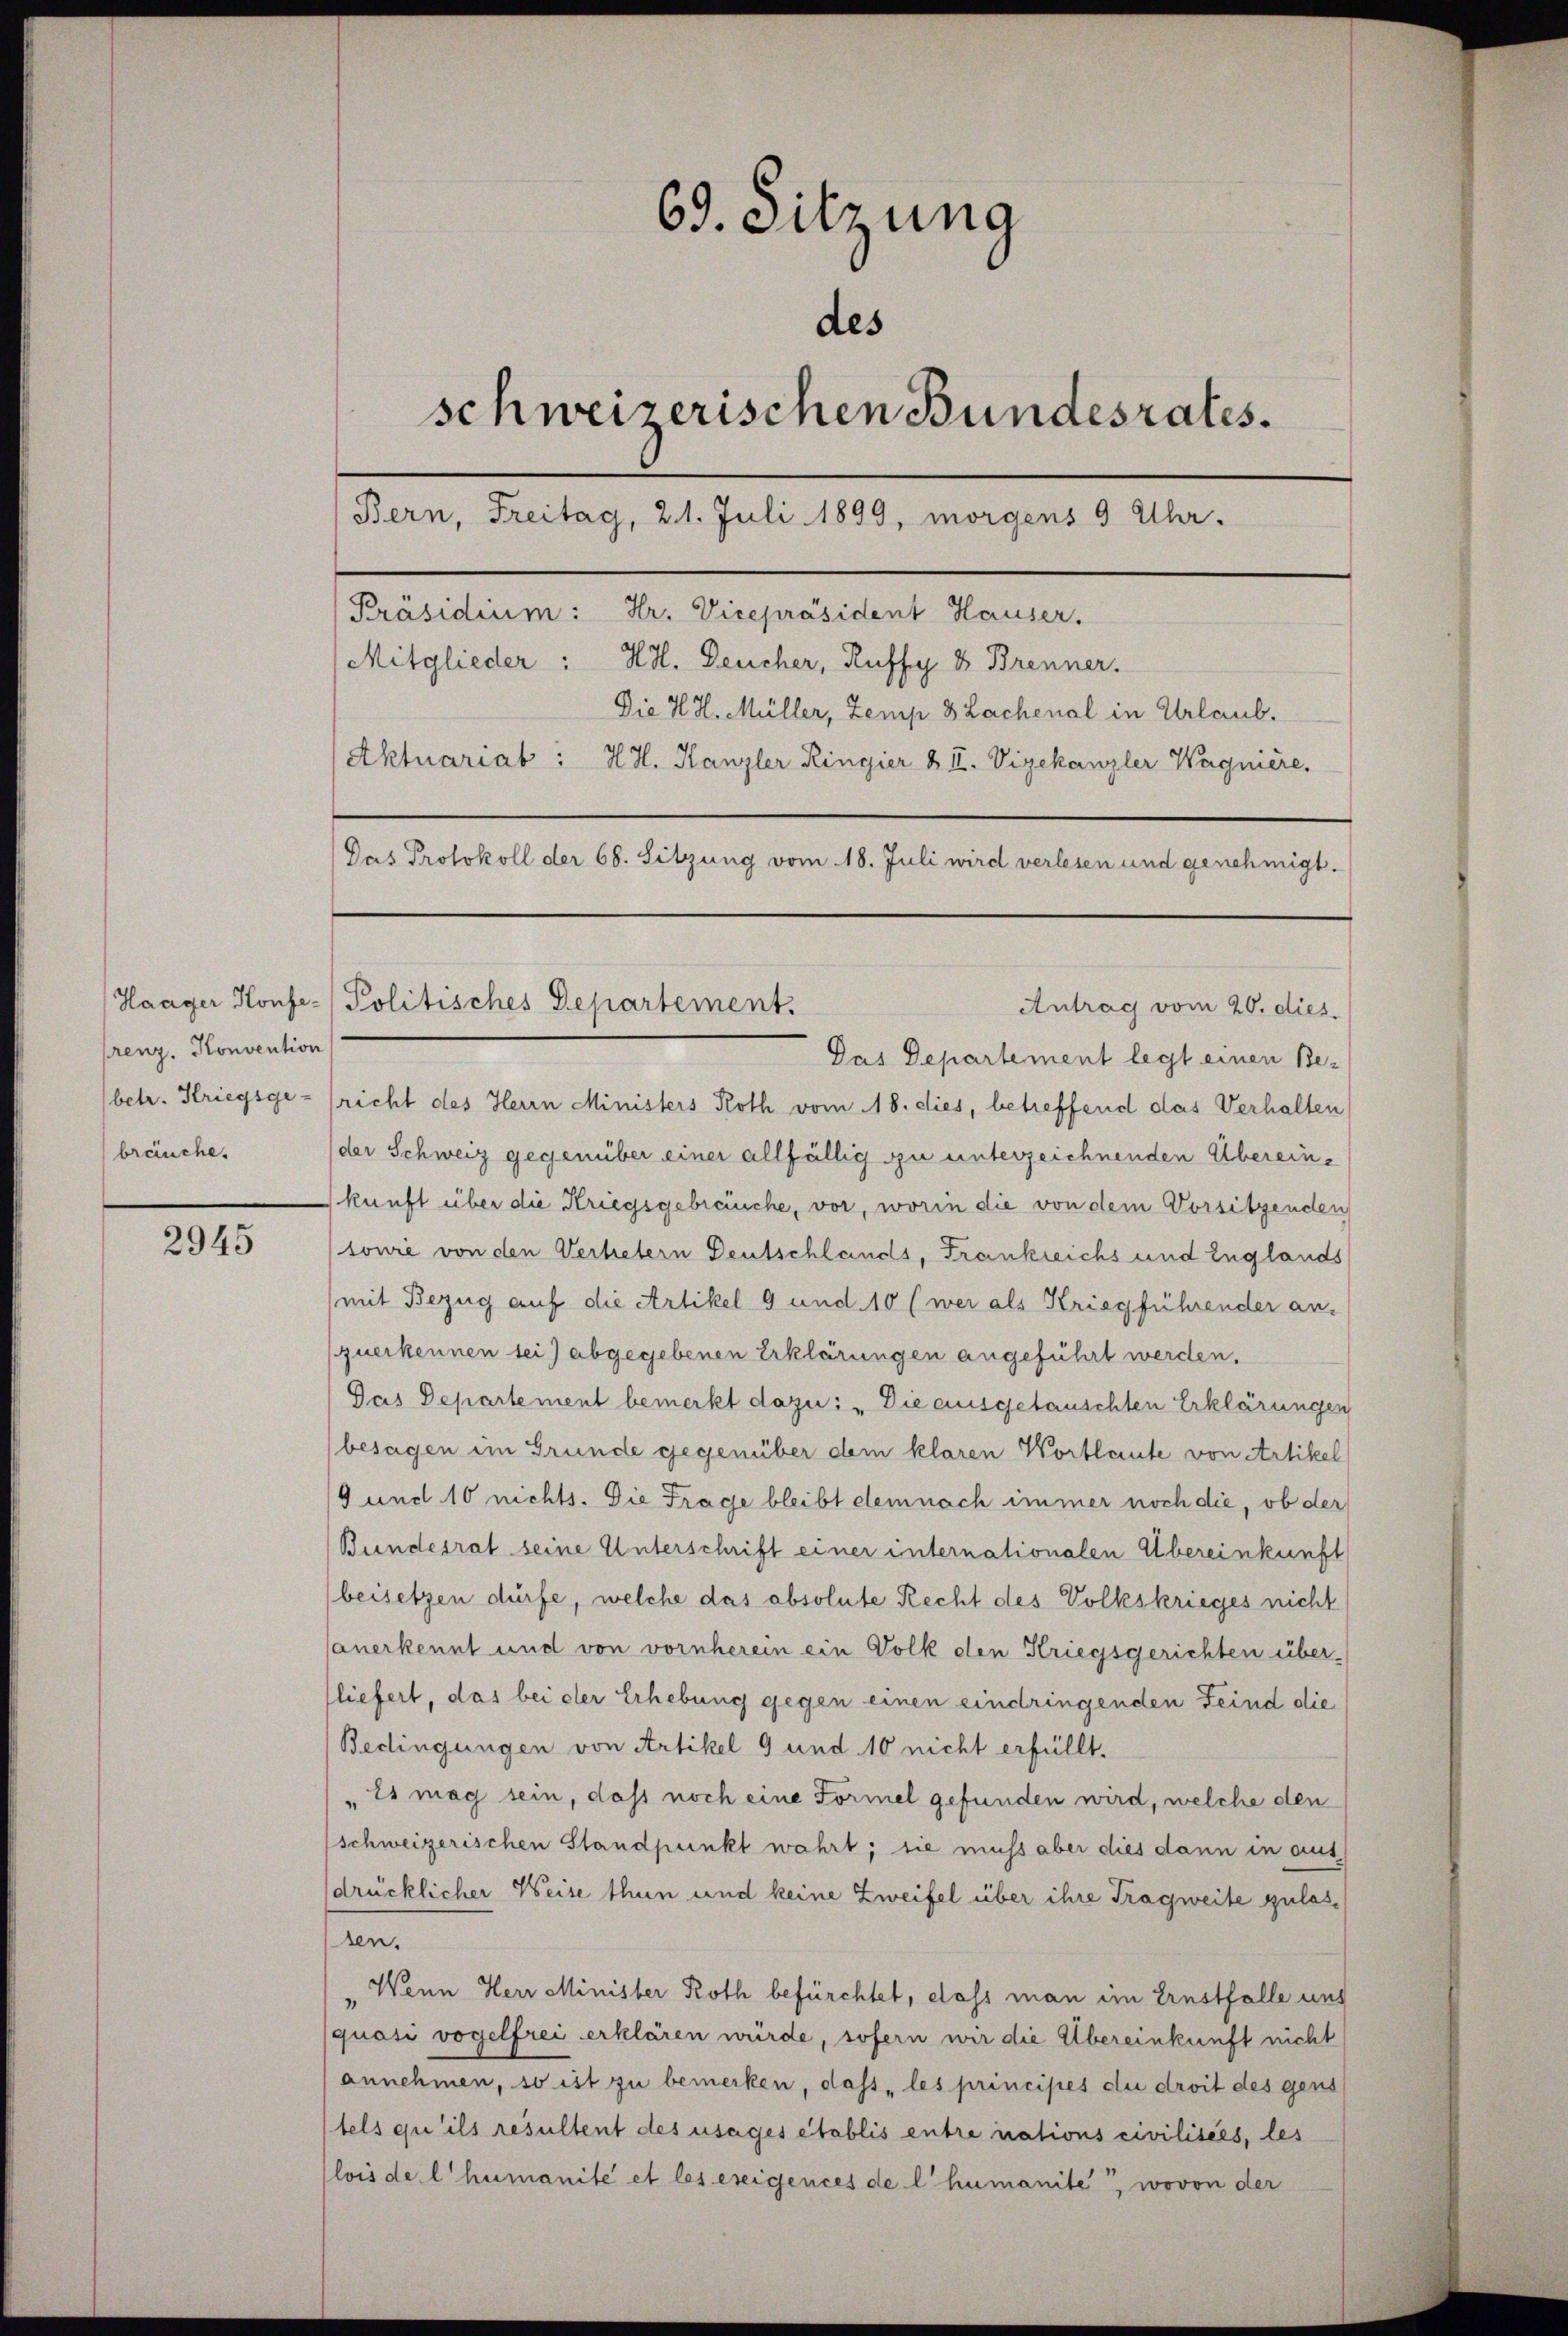
renz. Konvention
bräuche.

2945

69. Sitzung
des
schweizerischen Bundesrates.
Bern, Freitag, 21. Juli 1899, morgens 9 Uhr.
[Präsidium: Hr. Vicepräsident Hauser.
Mitglieder: HH. Deucher, Ruffy 8 Brenner.
Die H. H. Müller, Zemp 8 Lachenal in Urlaub.
Aktuariat : H. H. Kanzler Ringier & II. Vizekanzler Wagnière.
Das Protokoll der 68. Sitzung vom 18. Juli wird verlesen und genehmigt.

Antrag vom 20. dies
betr. Kriegsgericht des Herrn Ministers Roth vom 18. dies, betreffend das Verhalten
der Schweiz gegenüber einer allfällig zu unterzeichnenden Übereinkunft über die Kriegsgebräuche, vor, worin die von dem Vorsitzenden
(sowie von den Verhetern Deutschlands, Frankreichs und Englands
mit Bezug auf die Artikel 9 und 10 (wer als Kriegführender an¬
(querkennen sei) abgegebenen Erklärungen angeführt werden.
Das Departement bemerkt dazu: „Die ausgetauschten Erklärungen
besagen im Grunde gegenüber dem klaren Wortlaute von Artikel
9 und 10 nichts. Die Frage bleibt demnach immer noch die, ob der
Bundesrat seine Unterschrift einer internationalen Übereinkunft
beisetzen dürfe, welche das absolute Recht des Volkskrieges nicht
anerkennt und von vornherein ein Volk den Kriegsgerichten über-
liefert, das bei der Erhebung gegen einen eindringenden Feind die
Bedingungen von Artikel 9 und 10 nicht erfüllt.
Es mag sein, dass noch eine Formel gefunden wird, welche den
schweizerischen Standpunkt wahrt; sie muss aber dies dann in aut
drücklicher Weise thun und keine Zweifel über ihre Tragweite zulassen.
Wenn Herr Minister Roth befürchtet, dass man im Ernstfalle und
quasi vogelfrei erklären würde, sofern wir die Übereinkunft nicht
annehmen, so ist zu bemerken, dass „les principes die droit des gens
tels qu’ils resultent des usages établis entre nations civilisées, les
(lois de l humanité et les ereigences de l humanite“, wovon der

Haager Konfe- Politisches Departement.
Das Departement legt einen Be-